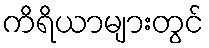
ကိရိယာများတွင်